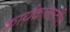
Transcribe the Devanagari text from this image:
कार्यकालातील